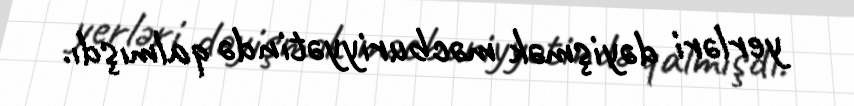
yerləri dəyişmək məcburiyyətində qalmışdı.